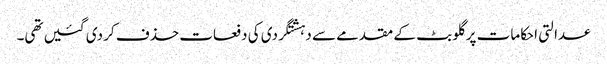
عدالتی احکامات پر گلو بٹ کے مقدمے سے دہشتگردی کی دفعات حذف کر دی گئیں تھی۔